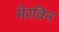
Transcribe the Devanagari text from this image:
मेरविन